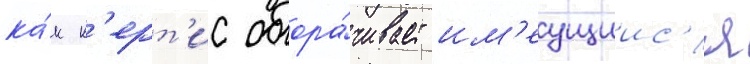
ка́к к'ерт'ис обора́чивает им'еущиис'я